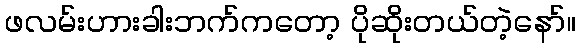
ဖလမ်းဟားခါးဘက်ကတော့ ပိုဆိုးတယ်တဲ့နော်။